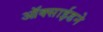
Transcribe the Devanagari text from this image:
ऑक्साईडने